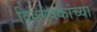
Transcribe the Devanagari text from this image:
विश्लेषकांच्या